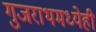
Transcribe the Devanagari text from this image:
गुजराथमध्येही